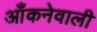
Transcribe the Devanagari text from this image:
आँकनेवाली